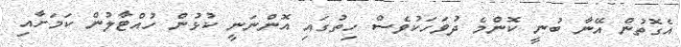
އެގޮތުން އޭނާ ބުނީ ކޮންމެ ދުވަހަކުވެސް ހިތުގައި އޮންނަނީ ކުޅުން ހުއްޓާލުން ކަމަށާއި